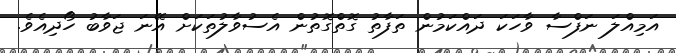
އަމިއްލަ ނަފްސާ ވާހަކަ ދައްކަމުން ތަފާތު ގޮތްގޮތުން އެސުވާލުތަކަށް އޭނަ ޖަވާބު ހޯދިއެވެ.